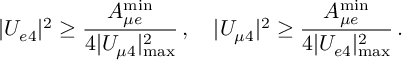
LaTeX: | U _ { e 4 } | ^ { 2 } \geq \frac { A _ { { \mu } e } ^ { \mathrm { m i n } } } { 4 | U _ { \mu 4 } | _ { \mathrm { m a x } } ^ { 2 } } \, , \quad | U _ { \mu 4 } | ^ { 2 } \geq \frac { A _ { { \mu } e } ^ { \mathrm { m i n } } } { 4 | U _ { e 4 } | _ { \mathrm { m a x } } ^ { 2 } } \, .